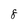
Character: 8